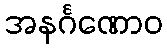
အနင်္ဂဏောဝ